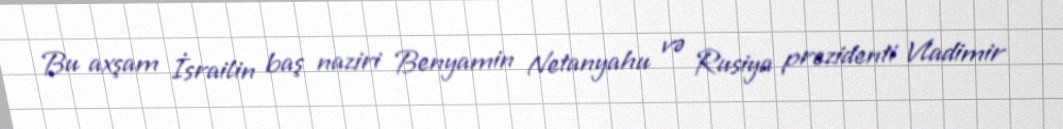
Bu axşam İsrailin baş naziri Benyamin Netanyahu və Rusiya prezidenti Vladimir